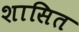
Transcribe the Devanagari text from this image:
शासित